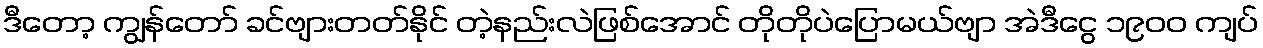
ဒီတော့ ကျွန်တော် ခင်ဗျားတတ်နိုင် တဲ့နည်းလဲဖြစ်အောင် တိုတိုပဲပြောမယ်ဗျာ အဲဒီငွေ ၁၉၀၀ ကျပ်